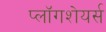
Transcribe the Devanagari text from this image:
प्लॉगशेयर्स